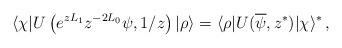
LaTeX: \begin{align*}\langle\chi|U\left(e^{zL_1}z^{-2L_0}\psi,1/z\right)|\rho\rangle=\langle\rho|U(\overline\psi,z^\ast)|\chi\rangle^\ast\,,\end{align*}